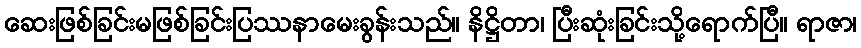
ဆေးဖြစ်ခြင်းမဖြစ်ခြင်းပြဿနာမေးခွန်းသည်။ နိဋ္ဌိတာ၊ ပြီးဆုံးခြင်းသို့ရောက်ပြီ။ ရာဇာ၊